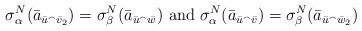
LaTeX: \begin{align*} \sigma^N_\alpha(\bar{a}_{\bar{u}^\smallfrown \bar{v}_2}) = \sigma^N_\beta (\bar{a}_{\bar{u}^\smallfrown \bar{w}}) \mbox{ and } \sigma^N_\alpha(\bar{a}_{\bar{u}^\smallfrown \bar{v}}) = \sigma^N_\beta (\bar{a}_{\bar{u}^\smallfrown \bar{w}_2}) \end{align*}